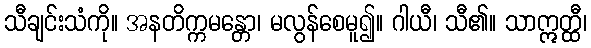
သီချင်းသံကို။ အနတိက္ကမန္တော၊ မလွန်စေမူ၍။ ဂါယီ၊ သီ၏။ သာဣတ္ထီ၊